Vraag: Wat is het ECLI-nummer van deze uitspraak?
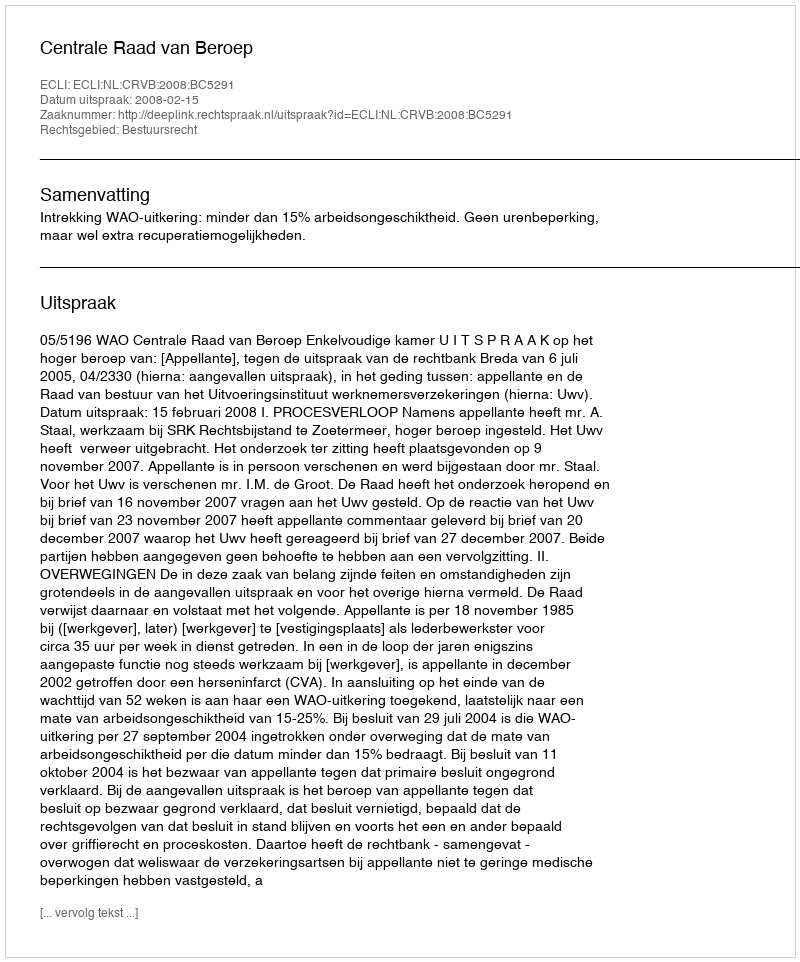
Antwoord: ECLI:NL:CRVB:2008:BC5291